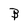
Character: B